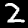
Label: 2